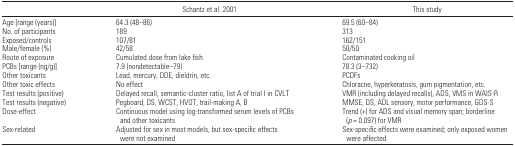
<table><thead><tr><td></td><td><b>Schantz et al. 2001</b></td><td><b>This study</b></td></tr></thead><tbody><tr><td>Age [range (years)]</td><td>64.3 (48–86)</td><td>69.5 (60–84)</td></tr><tr><td>No. of participants</td><td>189</td><td>313</td></tr><tr><td>Exposed/controls</td><td>107/81</td><td>162/151</td></tr><tr><td>Male/female (%)</td><td>42/58</td><td>50/50</td></tr><tr><td>Route of exposure</td><td>Cumulated dose from lake fish</td><td>Contaminated cooking oil</td></tr><tr><td>PCBs [range (ng/g)]</td><td>7.9 (nondetectable–79)</td><td>78.3 (3–732)</td></tr><tr><td>Other toxicants</td><td>Lead, mercury, DDE, dieldrin, etc.</td><td>PCDFs</td></tr><tr><td>Other toxic effects</td><td>No effect</td><td>Chloracne, hyperkeratosis, gum pigmentation, etc.</td></tr><tr><td>Test results (positive)</td><td>Delayed recall, semantic-cluster ratio, list A of trial I in CVLT</td><td>VMR (including delayed recalls), ADS, VMS in WAIS-R</td></tr><tr><td>Test results (negative)</td><td>Pegboard, DS, WCST, HVOT, trail-making A, B</td><td>MMSE, DS, ADL sensory, motor performance, GDS-S</td></tr><tr><td>Dose-effect</td><td>Continuous model using log-transformed serum levels of PCBs and other toxicants</td><td>Trend (+) for ADS and visual memory span; borderline (<i>p</i> = 0.097) for VMR</td></tr><tr><td>Sex-related</td><td>Adjusted for sex in most models, but sex-specific effects were not examined</td><td>Sex-specific effects were examined; only exposed women were affected</td></tr></tbody></table>